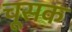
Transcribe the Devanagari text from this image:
चूसक